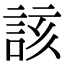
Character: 該